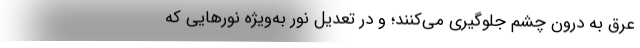
عرق به درون چشم جلوگیری می‌کنند؛ و در تعدیل نور به‌ویژه نورهایی که